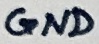
Text: GND